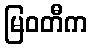
မြဝတီက